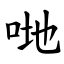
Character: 哋